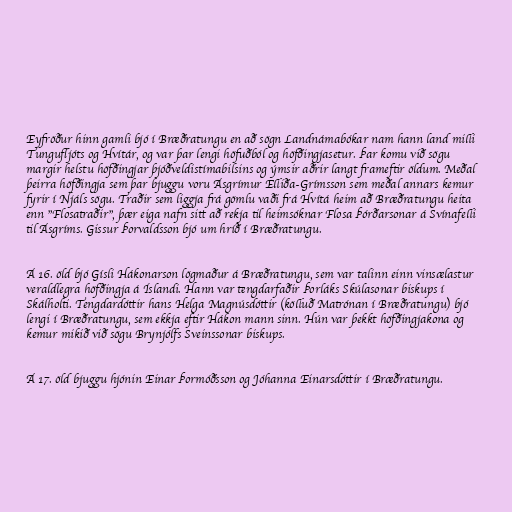
Eyfröður hinn gamli bjó í Bræðratungu en að sögn Landnámabókar nam hann land milli
Tungufljóts og Hvítár, og var þar lengi höfuðból og höfðingjasetur. Þar komu við sögu
margir helstu höfðingjar þjóðveldistímabilsins og ýmsir aðrir langt frameftir öldum. Meðal
þeirra höfðingja sem þar bjuggu voru Ásgrímur Elliða-Grímsson sem meðal annars kemur
fyrir í Njáls sögu. Traðir sem liggja frá gömlu vaði frá Hvítá heim að Bræðratungu heita
enn "Flosatraðir", þær eiga nafn sitt að rekja til heimsóknar Flosa Þórðarsonar á Svínafelli
til Ásgríms. Gissur Þorvaldsson bjó um hríð í Bræðratungu.

Á 16. öld bjó Gísli Hákonarson lögmaður á Bræðratungu, sem var talinn einn vinsælastur
veraldlegra höfðingja á Íslandi. Hann var tengdarfaðir Þorláks Skúlasonar biskups í
Skálholti. Tengdardóttir hans Helga Magnúsdóttir (kölluð Matrónan í Bræðratungu) bjó
lengi í Bræðratungu, sem ekkja eftir Hákon mann sinn. Hún var þekkt höfðingjakona og
kemur mikið við sögu Brynjólfs Sveinssonar biskups.

Á 17. öld bjuggu hjónin Einar Þormóðsson og Jóhanna Einarsdóttir í Bræðratungu.